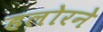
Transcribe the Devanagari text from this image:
हलोरने